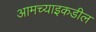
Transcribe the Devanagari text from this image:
आमच्याइकडील